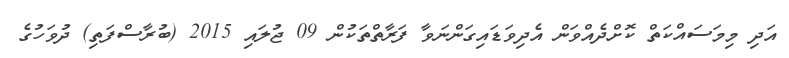
އަދި މިމަސައްކަތް ކޮށްދެއްވަން އެދިވަޑައިގަންނަވާ ފަރާތްތަކުން 09 ޖުލައި 2015 (ބުރާސްފަތި) ދުވަހުގެ